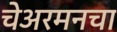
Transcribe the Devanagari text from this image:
चेअरमनचा